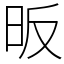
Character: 昄